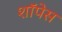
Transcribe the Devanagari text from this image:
शॉपेस